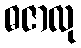
ဓဇာလု